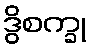
ဒွိစက္ခု